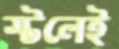
স্টলেই